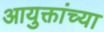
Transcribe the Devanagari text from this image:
आयुक्तांच्या